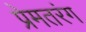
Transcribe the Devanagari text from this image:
प्रेमतरंग